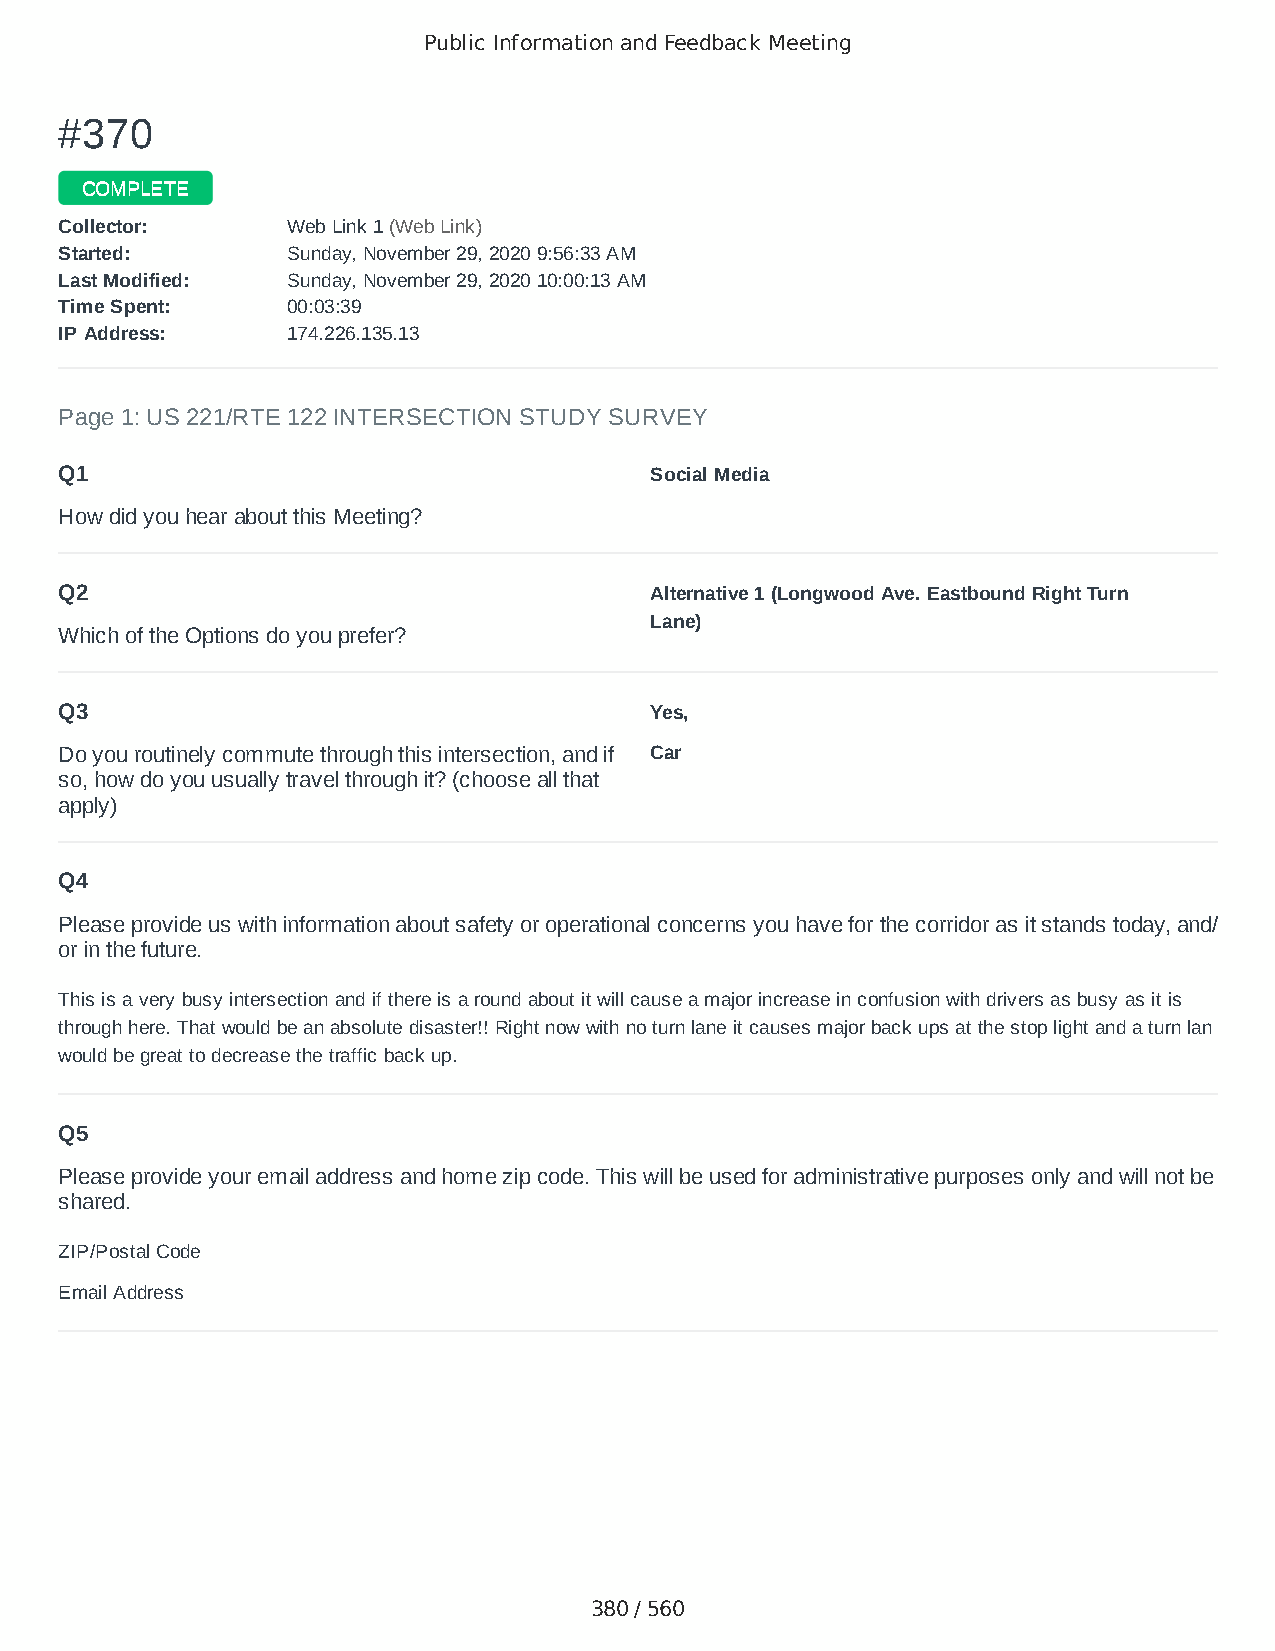
Public Information and Feedback Meeting
 ##337700
 CCOOMMPPLLEETTEE
 CCoolllleeccttoorr:: WWeebb LLiinnkk 11 ((WWeebb LLiinnkk))
 SSttaarrtteedd:: SSuunnddaayy,, NNoovveemmbbeerr 2299,, 22002200 99::5566::3333 AAMM
 LLaasstt MMooddiiffiieedd:: SSuunnddaayy,, NNoovveemmbbeerr 2299,, 22002200 1100::0000::1133 AAMM
 TTiimmee SSppeenntt:: 0000::0033::3399
 IIPP AAddddrreessss:: 117744..222266..113355..1133
 Page 1: US 221/RTE 122 INTERSECTION STUDY SURVEY
 Q1                                     Social Media
 How did you hear about this Meeting?
 Q2                                     Alternative 1 (Longwood Ave. Eastbound Right Turn
 Lane)
 Which of the Options do you prefer?
 Q3                                     Yes,
 Do you routinely commute through this intersection, and if Car
 so, how do you usually travel through it? (choose all that
 apply)
 Q4
 Please provide us with information about safety or operational concerns you have for the corridor as it stands today, and/
 or in the future.
 This is a very busy intersection and if there is a round about it will cause a major increase in confusion with drivers as busy as it is
 through here. That would be an absolute disaster!! Right now with no turn lane it causes major back ups at the stop light and a turn lan
 would be great to decrease the traffic back up.
 Q5
 Please provide your email address and home zip code. This will be used for administrative purposes only and will not be
 shared.
 ZIP/Postal Code                        24523
 Email Address                          jnnyems@aol.com
 380 / 560